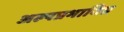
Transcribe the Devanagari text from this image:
अल्पप्रभावित